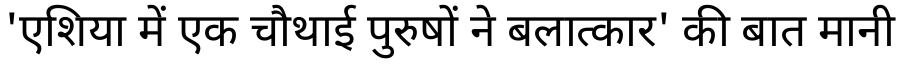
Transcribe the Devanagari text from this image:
'एशिया में एक चौथाई पुरुषों ने बलात्कार' की बात मानी